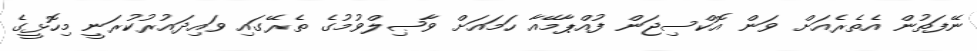
ނޭފަތުން އެތެރެއަށް ވަން އޮކްސިޖަން ފުއްޕާމޭއާ ހަމައަށް ވާޞިލްވުމުގެ ތެރޭގައި ވައިދައުރުކުރަނީ މިހޮޅީގެ